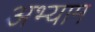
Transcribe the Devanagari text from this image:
अभ्याम